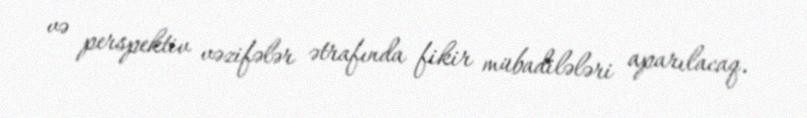
və perspektiv vəzifələr ətrafında fikir mübadilələri aparılacaq.